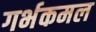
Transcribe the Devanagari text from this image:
गर्भकमल